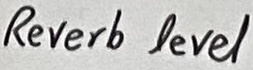
Text: Reverb level